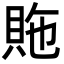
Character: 䝯